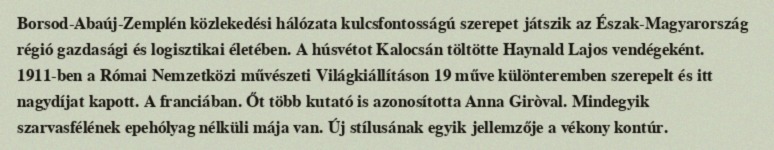
Borsod-Abaúj-Zemplén közlekedési hálózata kulcsfontosságú szerepet játszik az Észak-Magyarország régió gazdasági és logisztikai életében. A húsvétot Kalocsán töltötte Haynald Lajos vendégeként. 1911-ben a Római Nemzetközi művészeti Világkiállításon 19 műve különteremben szerepelt és itt nagydíjat kapott. A franciában. Őt több kutató is azonosította Anna Giròval. Mindegyik szarvasfélének epehólyag nélküli mája van. Új stílusának egyik jellemzője a vékony kontúr.